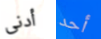
أدنى أحد